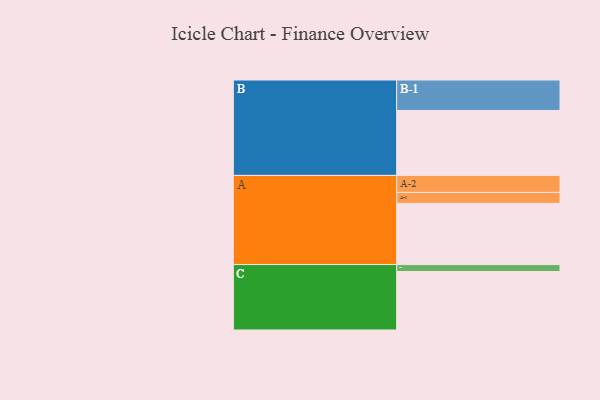
{"axis": {"x": "Segment", "y": "Value"}, "legend": ["", "A", "B", "C"], "data": [{"x": "A", "y": 537, "type": ""}, {"x": "B", "y": 570, "type": ""}, {"x": "C", "y": 513, "type": ""}, {"x": "A-1", "y": 96, "type": "A"}, {"x": "A-2", "y": 149, "type": "A"}, {"x": "B-1", "y": 267, "type": "B"}, {"x": "C-1", "y": 61, "type": "C"}]}